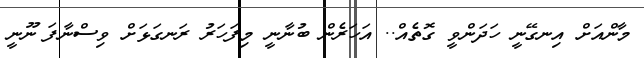
މާންއަށް އިނގޭނީ ހަދަންވީ ގޮތެއް.. އަހަރެން ބުނާނީ މިފަހަރު ރަނގަޅަށް ވިސްނާފަ ނޫނީ